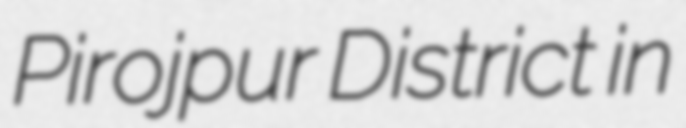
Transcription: Pirojpur District in